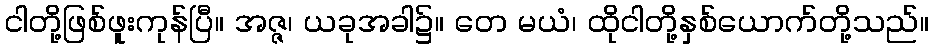
ငါတို့ဖြစ်ဖူးကုန်ပြီ။ အဇ္ဇ၊ ယခုအခါ၌။ တေ မယံ၊ ထိုငါတို့နှစ်ယောက်တို့သည်။